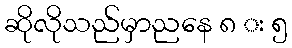
ဆိုလိုသည်မှာညနေ ၈ း ၅